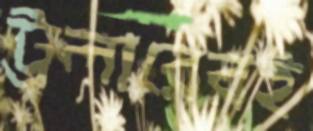
ট্রলারেরই